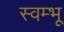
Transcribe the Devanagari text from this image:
स्वम्भू